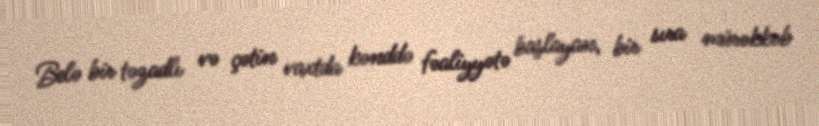
Belə bir təzadlı və çətin vaxtda kənddə fəaliyyətə başlayan, bir sıra mürəkkəb